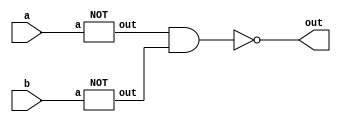
`timescale 1ns/1ps
module OR(a, b, out);
    input a, b;
    output out;
    wire _a, _b;
    NOT n1(a, _a);
    NOT n2(b, _b);
    nand n3(out, _a, _b);
endmodule

module AND(a, b, out);
    input a, b;
    output out;
    wire ab;
    nand n1(ab, a, b);
    nand n2(out, ab, ab);
endmodule

module NOR(a, b, out);
    input a, b;
    output out;
    wire or_ab;
    OR o1(a, b, or_ab);
    NOT n1(or_ab, out);
endmodule

module XOR(a, b, out);
    input a, b;
    output out;
    wire nand_ab, nand_aba, nand_abb;
    nand n1(nand_ab, a, b);
    nand n2(nand_aba, nand_ab, a);
    nand n3(nand_abb, nand_ab, b);
    nand n4(out, nand_aba, nand_abb);
endmodule

module XNOR(a, b, out);
    input a, b;
    output out;
    wire xor_ab;
    XOR x1(a, b, xor_ab);
    NOT n1(xor_ab, out);
endmodule

module NOT(a, out);
    input a;
    output out;
    nand n1(out, a, a);
endmodule

module Mux_8x1(a, b, c, d, e, f, g, h, sel, out);
    input a, b, c, d, e, f, g, h;
    input [2:0] sel;
    output out;
    wire x, y;

    Mux_4x1 M0(a, b, c, d, sel, x);
    Mux_4x1 M1(e, f, g, h, sel, y);
    Mux_2x1 M2(x, y, sel[2], out);
endmodule

module Mux_4x1(a, b, c, d, sel, f);
    input a, b, c, d;
    input [2:0] sel;
    output f;
    wire x, y;

    Mux_2x1 M0(a, b, sel[0], x);
    Mux_2x1 M1(c, d, sel[0], y);
    Mux_2x1 M2(x, y, sel[1], f);
endmodule

module Mux_2x1(a, b, sel, o);
    input a, b, sel;
    output o;
    wire _sel, A, B;

    NOT n0(sel, _sel);
    AND a0(a, _sel, A);
    AND b0(b, sel, B);
    OR g0(A, B, o);
endmodule

module NAND_Implement (a, b, sel, out);
    input a, b;
    input [3-1:0] sel;
    output out;
    wire ab_or, ab_and, ab_xor, _a, ab_xnor, ab_nor, ab_nand;

    OR o1(a, b, ab_or);
    AND a1(a, b, ab_and);
    XOR x1(a, b, ab_xor);
    NOT n1(a, _a);
    XNOR x2(a, b, ab_xnor);
    NOR n2(a, b, ab_nor);
    nand n3(ab_nand, a, b);
    Mux_8x1 m1(ab_nand, ab_and, ab_or, ab_nor, ab_xor, ab_xnor, _a, _a, sel, out);
endmodule